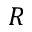
R